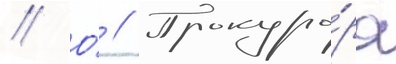
// О́ // Прокуро́ра